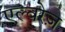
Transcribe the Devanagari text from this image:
एल्वरेज़